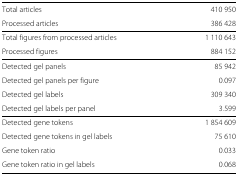
<table><thead><tr><td><b>Total articles</b></td><td><b>410 950</b></td></tr><tr><td><b>Processed articles</b></td><td><b>386 428</b></td></tr></thead><tbody><tr><td>Total figures from processed articles</td><td>1 110 643</td></tr><tr><td>Processed figures</td><td>884 152</td></tr><tr><td>Detected gel panels</td><td>85 942</td></tr><tr><td>Detected gel panels per figure</td><td>0.097</td></tr><tr><td>Detected gel labels</td><td>309 340</td></tr><tr><td>Detected gel labels per panel</td><td>3.599</td></tr><tr><td>Detected gene tokens</td><td>1 854 609</td></tr><tr><td>Detected gene tokens in gel labels</td><td>75 610</td></tr><tr><td>Gene token ratio</td><td>0.033</td></tr><tr><td>Gene token ratio in gel labels</td><td>0.068</td></tr></tbody></table>